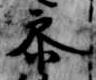
参